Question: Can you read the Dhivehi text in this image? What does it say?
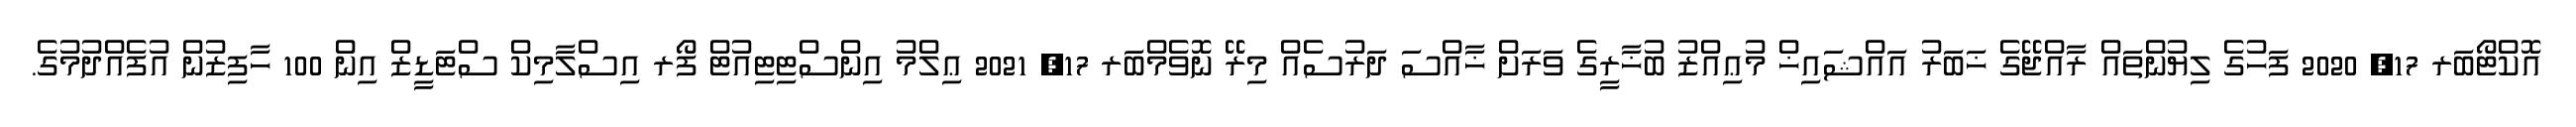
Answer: އޮކްޓޯބަރ 17, 2020 ފަހުގެ ލިޔުންތައް ރާއްޖޭގެ ޚަބަރު އައްޝައިޚް މުޢިއްޒު ބުޚާރީގެ ވަރަށް ޚާއްސަ ދަރުސެއް މިރޭ ނޮވެމްބަރ 17, 2021 ޢިލްމު އިންސްޓިޓިއުޓް ފޯރ އިސްލާމިކް ސްޓަޑީޒް އިން 100 ހާފިޒުން އުފެއްދުމުގެ.